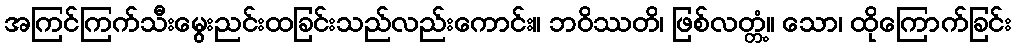
အကြင်ကြက်သီးမွေးညင်းထခြင်းသည်လည်းကောင်း။ ဘဝိဿတိ၊ ဖြစ်လတ္တံ့။ သော၊ ထိုကြောက်ခြင်း